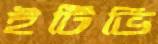
ইটিভি